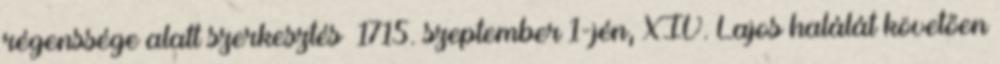
régenssége alatt szerkesztés 1715. szeptember 1-jén, XIV. Lajos halálát követően